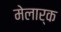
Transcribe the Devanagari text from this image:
मेलार्क